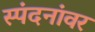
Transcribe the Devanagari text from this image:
स्पंदनांवर